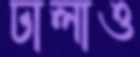
ঢালাও